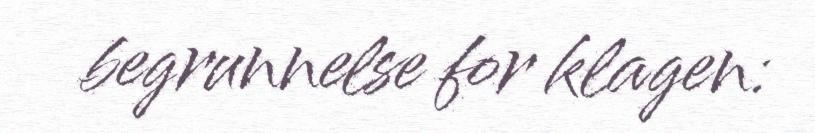
begrunnelse for klagen: